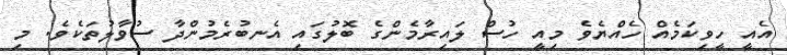
އެއީ ހީވިކަމެއް ހެއްޔެވެ މިއީ ހުސް ލައިރާމެންގެ ބޮލުގައި އެނބުރެމުންދާ ސުވާލުތަކެވެ. މި